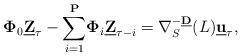
LaTeX: \begin{align*}\mathbf{\Phi }_{0}\underline{\mathbf{Z}}_{\tau }-\underset{i=1}{\overset{\mathbf{P}}{\sum }}\mathbf{\Phi }_{i}\underline{\mathbf{Z}}_{\tau -i}=\nabla_{S}^{-\underline{\mathbf{D}}}(L)\underline{\mathbf{u}}_{\tau }, \end{align*}